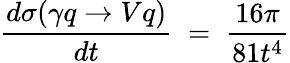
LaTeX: \frac{d\sigma(\gamma q\rightarrow Vq)}{dt}\; =\; \frac{16\pi}{81t^{4}}